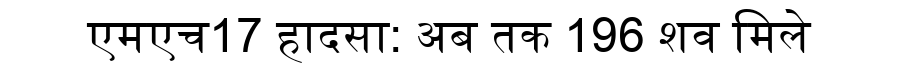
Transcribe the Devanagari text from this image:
एमएच17 हादसा: अब तक 196 शव मिले